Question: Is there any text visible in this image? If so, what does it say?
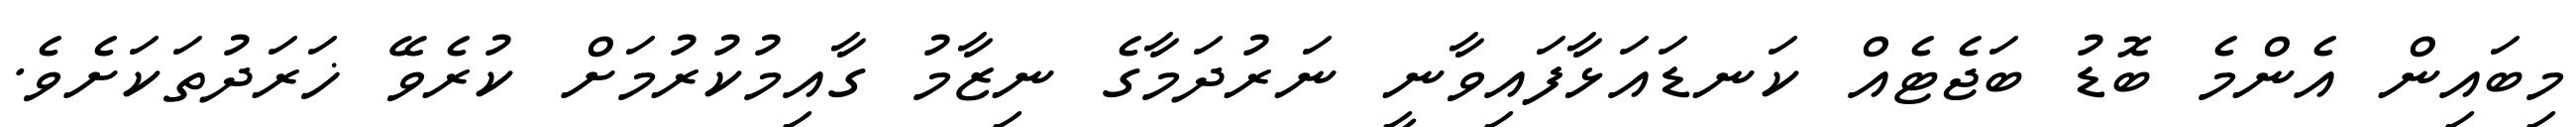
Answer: މިބައިން އެންމެ ބޮޑު ބަޖެޓެއް ކަނޑައަޅާފައިވާނީ ނަރުދަމާގެ ނިޒާމު ގާއިމުކުރުމަށް ކުރެވޭ ޚަރަދުތަކަށެވެ.